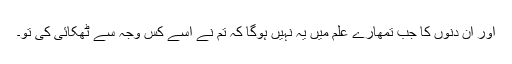
اور اُن دنوں کا جب تمھارے علم میں یہ نہیں ہوگا کہ تُم نے اُسے کس وجہ سے ٹھکائی کی تو۔